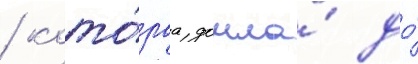
/ кото́раа дошла́ до́